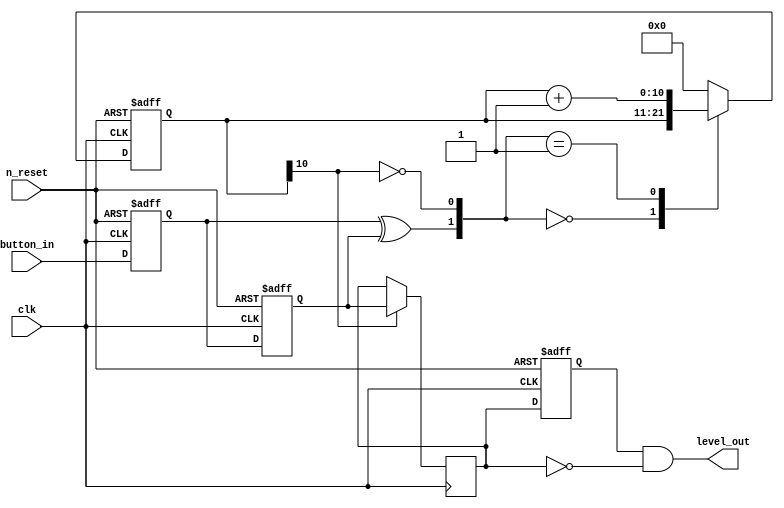
`timescale 1ns / 1ns
//////////////////////////////////////////////////////////////////////////////////
// Company: 
// Engineer: 
// 
// Design Name: 
// Module Name: Debounce
// Project Name: 
// Target Devices: 
// Tool Versions: 
// Description: 
// 
// Dependencies: 
// 
// Revision:
// Revision 0.01 - File Created
// Additional Comments:
// 
//////////////////////////////////////////////////////////////////////////////////

//module Debounce(
//    output reg out,
//    input clock,
//    input reset,
//    input button
//    );
    
////button_sync BS(button, clock, button_in);

//localparam N = 19;
//reg [18:0] count;
//wire tick;

//always @(posedge clock or posedge reset) begin
//    if(reset) count <= 0;
//    else count <= count + 1;
//    end
  
//assign tick = &count;

//localparam[2:0]                     //defining the various states to be used
//                zero = 3'b000,
//                high1 = 3'b001,
//                high2 = 3'b010,
//                high3 = 3'b011,
//                one = 3'b100,
//                low1 = 3'b101,
//                low2 = 3'b110,
//                low3 = 3'b111;
 
//reg [2:0]state_reg;
//reg [2:0]state_next;
                 
//always @ (posedge clock or posedge reset)     
//    begin
//        if (reset)
//            state_reg <= zero;
//        else
//            state_reg <= state_next;
//    end
     
 
//always @ (*)
//    begin
//        state_next <= state_reg;  // to make the current state the default state
//        out <= 1'b0;                    // default output low
         
//        case(state_reg)
//            zero:
//                if (button)                    //if button is detected go to next state high1
//                    state_next <= high1;
//            high1:
//                if (~button)                //while here if button goes back to zero then input is not yet stable and go back to state zero
//                    state_next <= zero;
//                else if (tick)                //but if button remains high even after 10 ms, go to next state high2.
//                    state_next <= high2;
//            high2:
//                if (~button)                //while here if button goes back to zero then input is not yet stable and go back to state zero
//                    state_next <= zero;
//                else if (tick)                //else if after 20ms (10ms + 10ms) button is still high go to high3
//                    state_next <= high3;
//            high3:
//                if (~button)                //while here if button goes back to zero then input is not yet stable and go back to state zero
//                    state_next <= zero;
//                else if (tick)                //and finally even after 30 ms input stays high then it is stable enough to be considered a valid input, go to state one
//                    state_next <= one;
             
//            one:                                //debouncing eliminated make output high, now here I'll check for bouncing when button is released
//                begin
//                    out <= 1'b1;
//                        if (~button)        //if button appears to be released go to next state low1
//                            state_next <=  low1;
//                end
//            low1:
//                if (button)                //while here if button goes back to high then input is not yet stable and go back to state one
//                    state_next <= one;
//                else if (tick)            //else if after 10ms it is still high go to next state low2
//                    state_next <= low2;
//            low2:
//                if (button)                //while here if button goes back to high then input is not yet stable and go back to state one
//                    state_next <= one;
//                else if (tick)            //else if after 20ms it is still high go to next state low3
//                    state_next <= low3;
//            low3:
//                if (button)                //while here if button goes back to high then input is not yet stable and go back to state one
//                    state_next <= one;
//                else if (tick)            //after 30 ms if button is low it has actually been released and bouncing eliminated, go back to zero state to wait for next input.
//                    state_next <= zero;
//            default state_next <= zero;
             
//        endcase
//    end
 
//endmodule

////////////////////////////////////////////////////////////////////////////////////
//module button_sync (
//	output out,
//	input clock,
//	input in
//);

//reg r1, r2, r3;

//always @(posedge clock) begin
//    r1 <= in;
//    r2 <= r1;
//    r3 <= r2;
//    end

//assign out = ~r3 & r2;

//endmodule
//module Debounce(
//    output reg PB_state,
//   // output PB_down;
//   // output PB_up;
//    input clk,
//    input PB
//);
//module Debounce(
//    output level_out,
//    input clk,
//    input n_reset,
//    input button_in
//    );
// parameter N = 11 ;      
 
//   reg  [N-1 : 0]  delaycount_reg;                     
//   reg  [N-1 : 0]  delaycount_next;
//   reg  DB_out;
     
//   reg DFF1, DFF2;                                 
//   wire q_add;                                     
//   wire q_reset;
 

//reg  delay_reg ; // Registers for detecting level change of DB_out
 
//       always @ ( posedge clk or negedge n_reset )
//       begin
//           if(n_reset ==  0) // At reset initialize FF and counter 
//               begin
//                   DFF1 <= 1'b0;
//                   DFF2 <= 1'b0;
//                   // For level change detection
//                   delay_reg  <=  1'b0;

//                   delaycount_reg <= { N {1'b0} };
//               end
//           else
//               begin
//                   DFF1 <= button_in;
//                   DFF2 <= DFF1;
//                   delaycount_reg <= delaycount_next;
                        
                    
                    
//                   delay_reg  <=  DB_out;// to detect level change
//               end
//       end
     
     
//   assign q_reset = (DFF1  ^ DFF2); // Ex OR button_in on conecutive clocks
//                                    // to detect level change 
                                      
//   assign  q_add = ~(delaycount_reg[N-1]); // Check count using MSB of counter         
     
 
//   always @ ( q_reset, q_add, delaycount_reg)
//       begin
//           case( {q_reset , q_add})
//               2'b00 :
//                       delaycount_next <= delaycount_reg;
//               2'b01 :
//                       delaycount_next <= delaycount_reg + 1;
//               default :
//               // In this case q_reset = 1 => change in level. Reset the counter 
//                       delaycount_next <= { N {1'b0} };
//           endcase   
//       end
     
     
//   always @ ( posedge clk )
//       begin
//           if(delaycount_reg[N-1] == 1'b1)
//                   DB_out <= DFF2;
//           else
//                   DB_out <= DB_out;
//       end
         
    
//   assign  level_out  =  (delay_reg)  &  (~DB_out); 
//// First use two flip-flops to synchronize the PB signal the "clk" clock domain
//reg PB_sync_0;  always @(posedge clk) PB_sync_0 <= ~PB;  // invert PB to make PB_sync_0 active high
//reg PB_sync_1;  always @(posedge clk) PB_sync_1 <= PB_sync_0;

//// Next declare a 16-bits counter
//reg [15:0] PB_cnt;

//// When the push-button is pushed or released, we increment the counter
//// The counter has to be maxed out before we decide that the push-button state has changed

//wire PB_idle = (PB_state==PB_sync_1);
//wire PB_cnt_max = &PB_cnt;  
module Debounce(
    output level_out,
    input clk,
    input n_reset,
    input button_in
    ); 
reg DB_out;
     
    /*
    Parameter N defines the debounce time. Assuming 50 KHz clock,
    the debounce time is 2^(11-1)/ 50 KHz = 20 ms
     
    For 50 MHz clock increase value of N accordingly to 21.
     
    */
   /*
   Parameter N defines the debounce time. Assuming 50 KHz clock,
   the debounce time is 2^(11-1)/ 50 KHz = 20 ms
     
   For 50 MHz clock increase value of N accordingly to 21.
     
   */
   parameter N = 11 ;      
 
   reg  [N-1 : 0]  delaycount_reg;                     
   reg  [N-1 : 0]  delaycount_next;
     
   reg DFF1, DFF2;                                 
   wire q_add;                                     
   wire q_reset;
 

reg  delay_reg ; // Registers for detecting level change of DB_out
 
       always @ ( posedge clk or negedge n_reset )
       begin
           if(n_reset ==  0) // At reset initialize FF and counter 
               begin
                   DFF1 <= 1'b0;
                   DFF2 <= 1'b0;
                   // For level change detection
                   delay_reg  <=  1'b0;

                   delaycount_reg <= { N {1'b0} };
               end
           else
               begin
                   DFF1 <= button_in;
                   DFF2 <= DFF1;
                   delaycount_reg <= delaycount_next;
                        
                    
                    
                   delay_reg  <=  DB_out;// to detect level change
               end
       end
     
     
   assign q_reset = (DFF1  ^ DFF2); // Ex OR button_in on conecutive clocks
                                    // to detect level change 
                                      
   assign  q_add = ~(delaycount_reg[N-1]); // Check count using MSB of counter         
     
 
   always @ ( q_reset, q_add, delaycount_reg)
       begin
           case( {q_reset , q_add})
               2'b00 :
                       delaycount_next <= delaycount_reg;
               2'b01 :
                       delaycount_next <= delaycount_reg + 1;
               default :
               // In this case q_reset = 1 => change in level. Reset the counter 
                       delaycount_next <= { N {1'b0} };
           endcase   
       end
     
     
   always @ ( posedge clk )
       begin
           if(delaycount_reg[N-1] == 1'b1)
                   DB_out <= DFF2;
           else
                   DB_out <= DB_out;
       end
         
    
   assign  level_out  =  (delay_reg)  &  (~DB_out);     
   
endmodule